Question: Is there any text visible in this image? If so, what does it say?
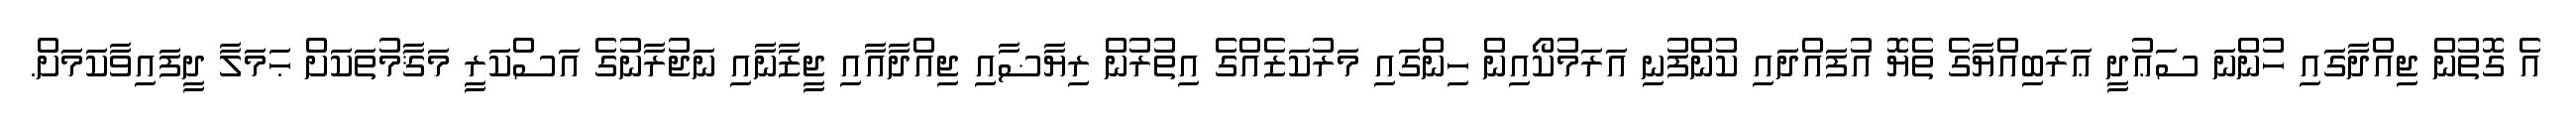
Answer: އެ ގޮތުން ޖިއްދާގައި ހުންނަ ސަޢުދީ ޢަރަބިއްޔާގެ ތެޔޮ އުފައްދައި ކުންފުނި އަރަމުކޯއިން ހިންގައި މަރުކަޒެއްގެ އިތުރުން ރިޔާޟާއި ޖިއްދާއާއި ޖީޒާނާއި ނަޖުރާނުގެ އަސްކަރީ މަޤާމުތަކަށް ޙަމަލާ ދީފައިވާކަމަށް.